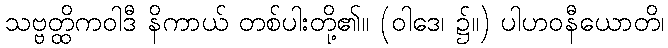
သဗ္ဗတ္ထိကဝါဒီ နိကာယ် တစ်ပါးတို့၏။ (ဝါဒေ၊ ၌။) ပါဟဝနီယောတိ၊